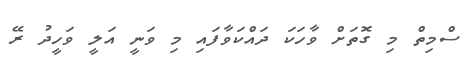
ސްމިތް މި ގޮތަށް ވާހަކަ ދައްކަވާފައި މި ވަނީ އަލީ ވަހީދު ރޭ